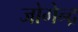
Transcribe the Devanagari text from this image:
जोगेन्द्र